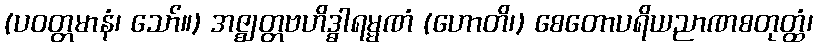
(ပဝတ္တမာနံ၊ သော်။) အဇ္ဈတ္တဗဟိဒ္ဓါရမ္မဏံ (ဟောတိ၊) စေတောပရိယညာဏစတုတ္ထံ၊